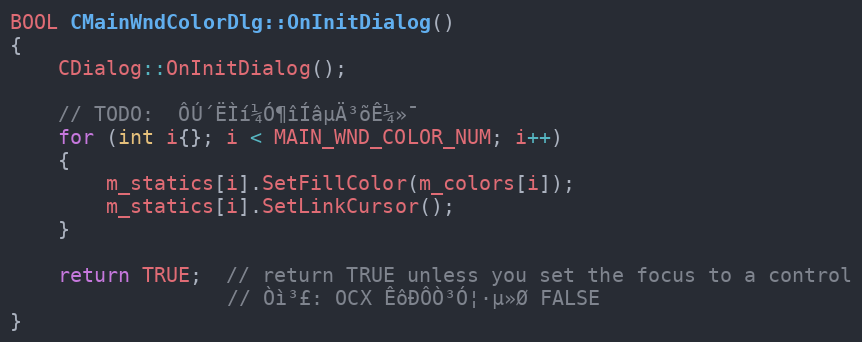
Language: C++
BOOL CMainWndColorDlg::OnInitDialog()
{
	CDialog::OnInitDialog();

	// TODO:  ÔÚ´ËÌí¼Ó¶îÍâµÄ³õÊ¼»¯
	for (int i{}; i < MAIN_WND_COLOR_NUM; i++)
	{
		m_statics[i].SetFillColor(m_colors[i]);
		m_statics[i].SetLinkCursor();
	}

	return TRUE;  // return TRUE unless you set the focus to a control
				  // Òì³£: OCX ÊôÐÔÒ³Ó¦·µ»Ø FALSE
}